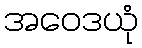
အဝေဒယုံ